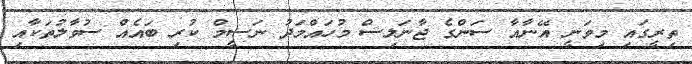
ތިރީގައި މިވަނީ އޭނާއާ ސަންގެ ޖާނަލިސް މުހައްމަދު ނަސީމް ކުރި ބައެއް ސުވާލުތަކާއި